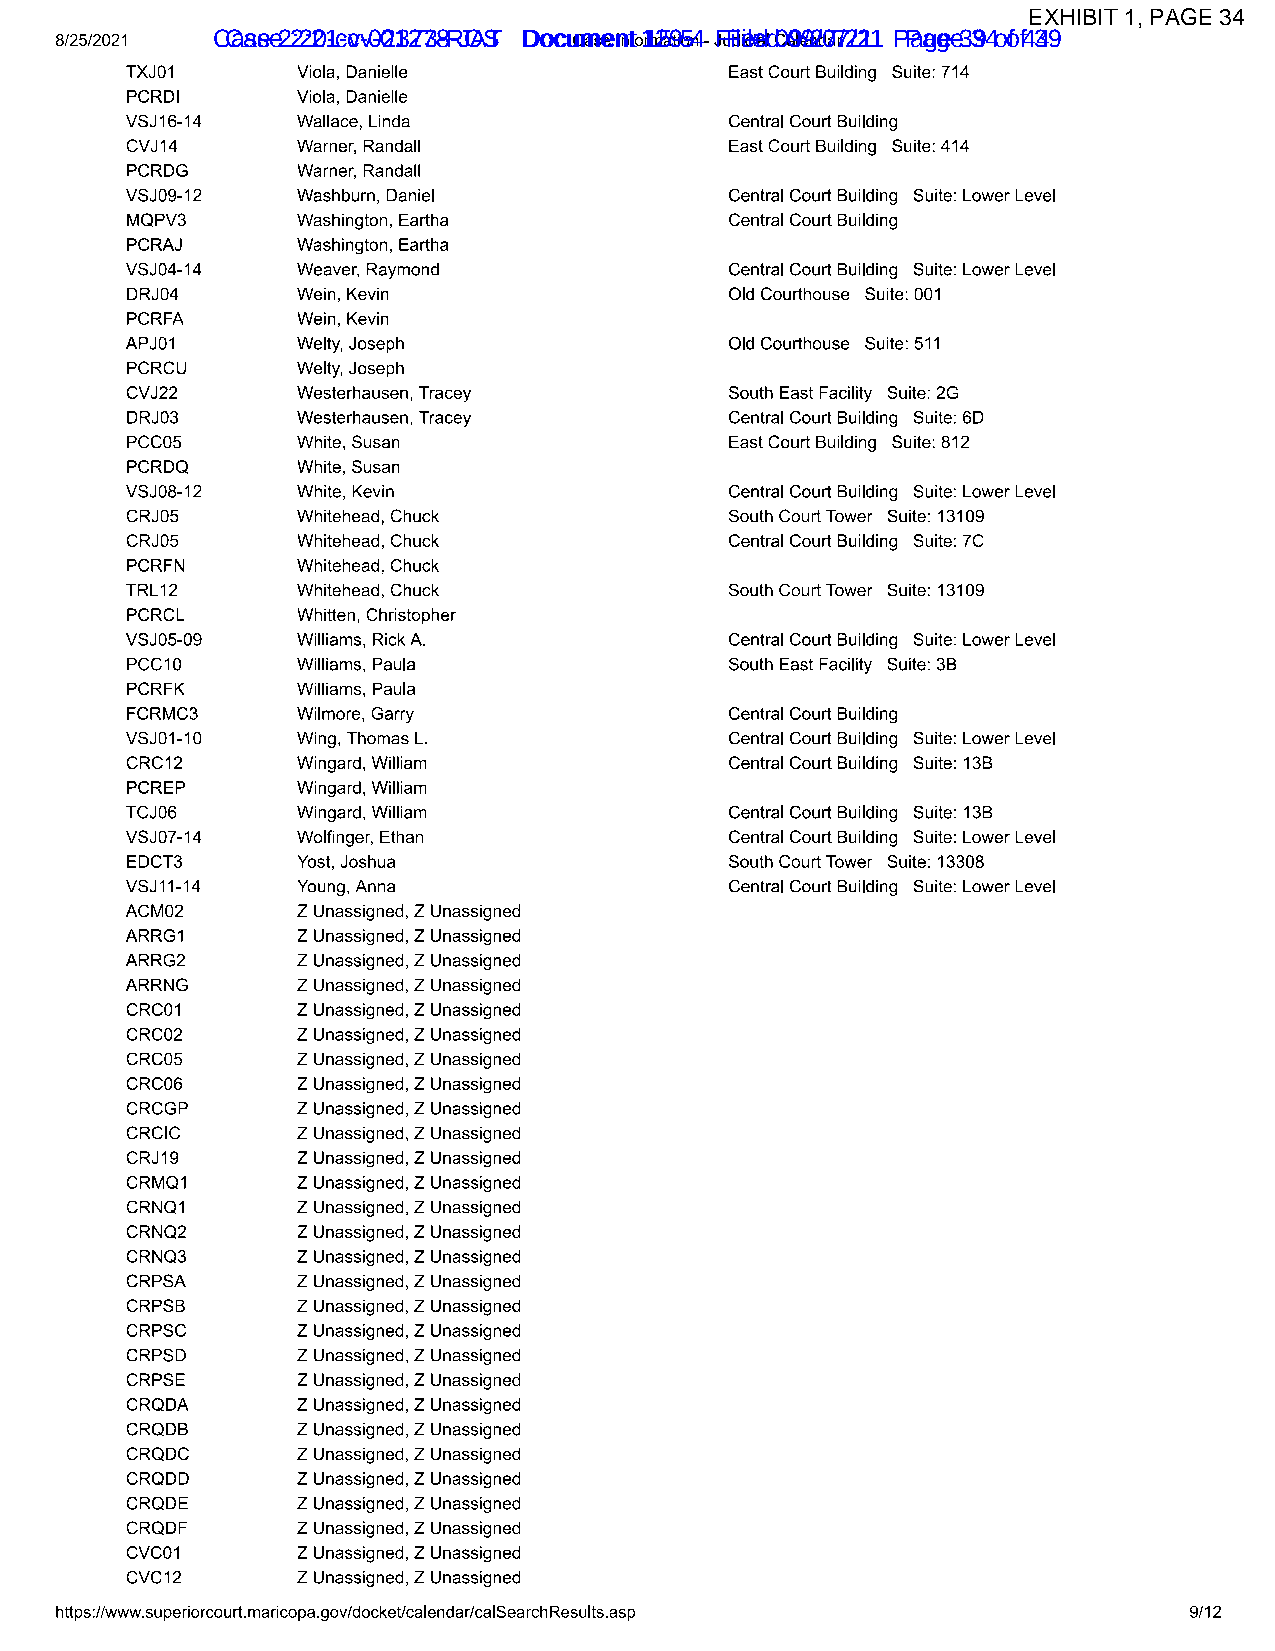
EXHIBIT 1, PAGE 34
 CCaassee 2 2:2:201-c-cvv-0-021327738-R-JOAST DDooccuummeenntt 11259-5-4 F Fileiledd 0 099/2/077/2/211 P Paaggee 3 394 o of f4 349